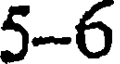
5-6